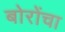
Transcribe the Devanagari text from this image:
बोरोंचा